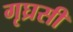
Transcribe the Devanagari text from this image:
गृघ्रसी